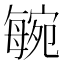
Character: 𣫼